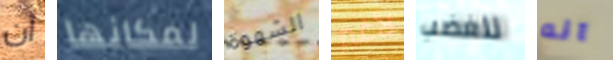
أن لمكانها الشهوة لأغير للغضب انه